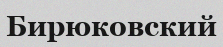
Бирюковский